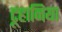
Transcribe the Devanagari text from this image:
टूहानिया